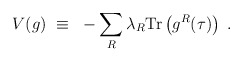
\begin{align*}V(g)~\equiv~-\sum_R \lambda_R {\rm Tr}\left(g^R(\tau)\right) \; .\end{align*}